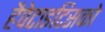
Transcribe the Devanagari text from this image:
हैपेटाइटिसको